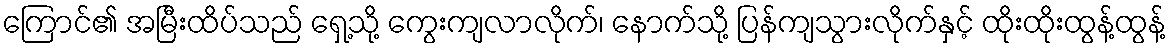
ကြောင်၏ အမြီးထိပ်သည် ရှေ့သို့ ကွေးကျလာလိုက်၊ နောက်သို့ ပြန်ကျသွားလိုက်နှင့် ထိုးထိုးထွန့်ထွန့်